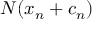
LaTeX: N ( x _ { n } + c _ { n } )